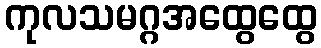
ကုလသမဂ္ဂအထွေထွေ